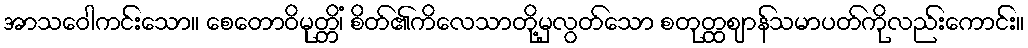
အာသဝေါကင်းသော။ စေတောဝိမုတ္တိံ၊ စိတ်၏ကိလေသာတို့မှလွတ်သော စတုတ္ထဈာန်သမာပတ်ကိုလည်းကောင်း။